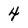
Character: 4